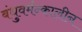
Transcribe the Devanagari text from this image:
बंधुवर्मन्कालीन